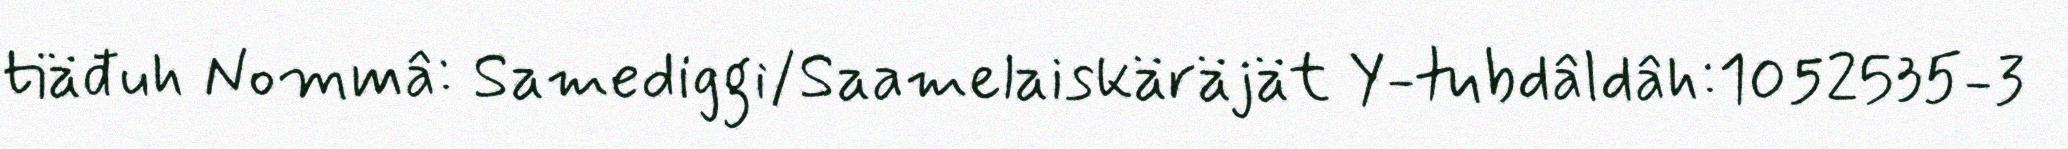
tiäđuh Nommâ: Samediggi/Saamelaiskäräjät Y-tubdâldâh:1052535-3